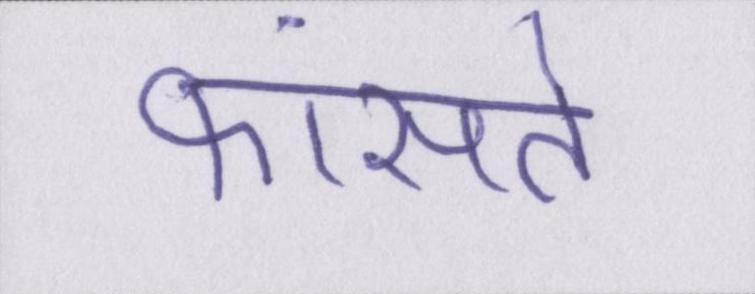
फांसते